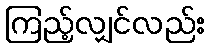
ကြည့်လျှင်လည်း